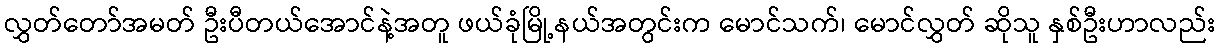
လွှတ်တော်အမတ် ဦးပီတယ်အောင်နဲ့အတူ ဖယ်ခုံမြို့နယ်အတွင်းက မောင်သက်၊ မောင်လွှတ် ဆိုသူ နှစ်ဦးဟာလည်း